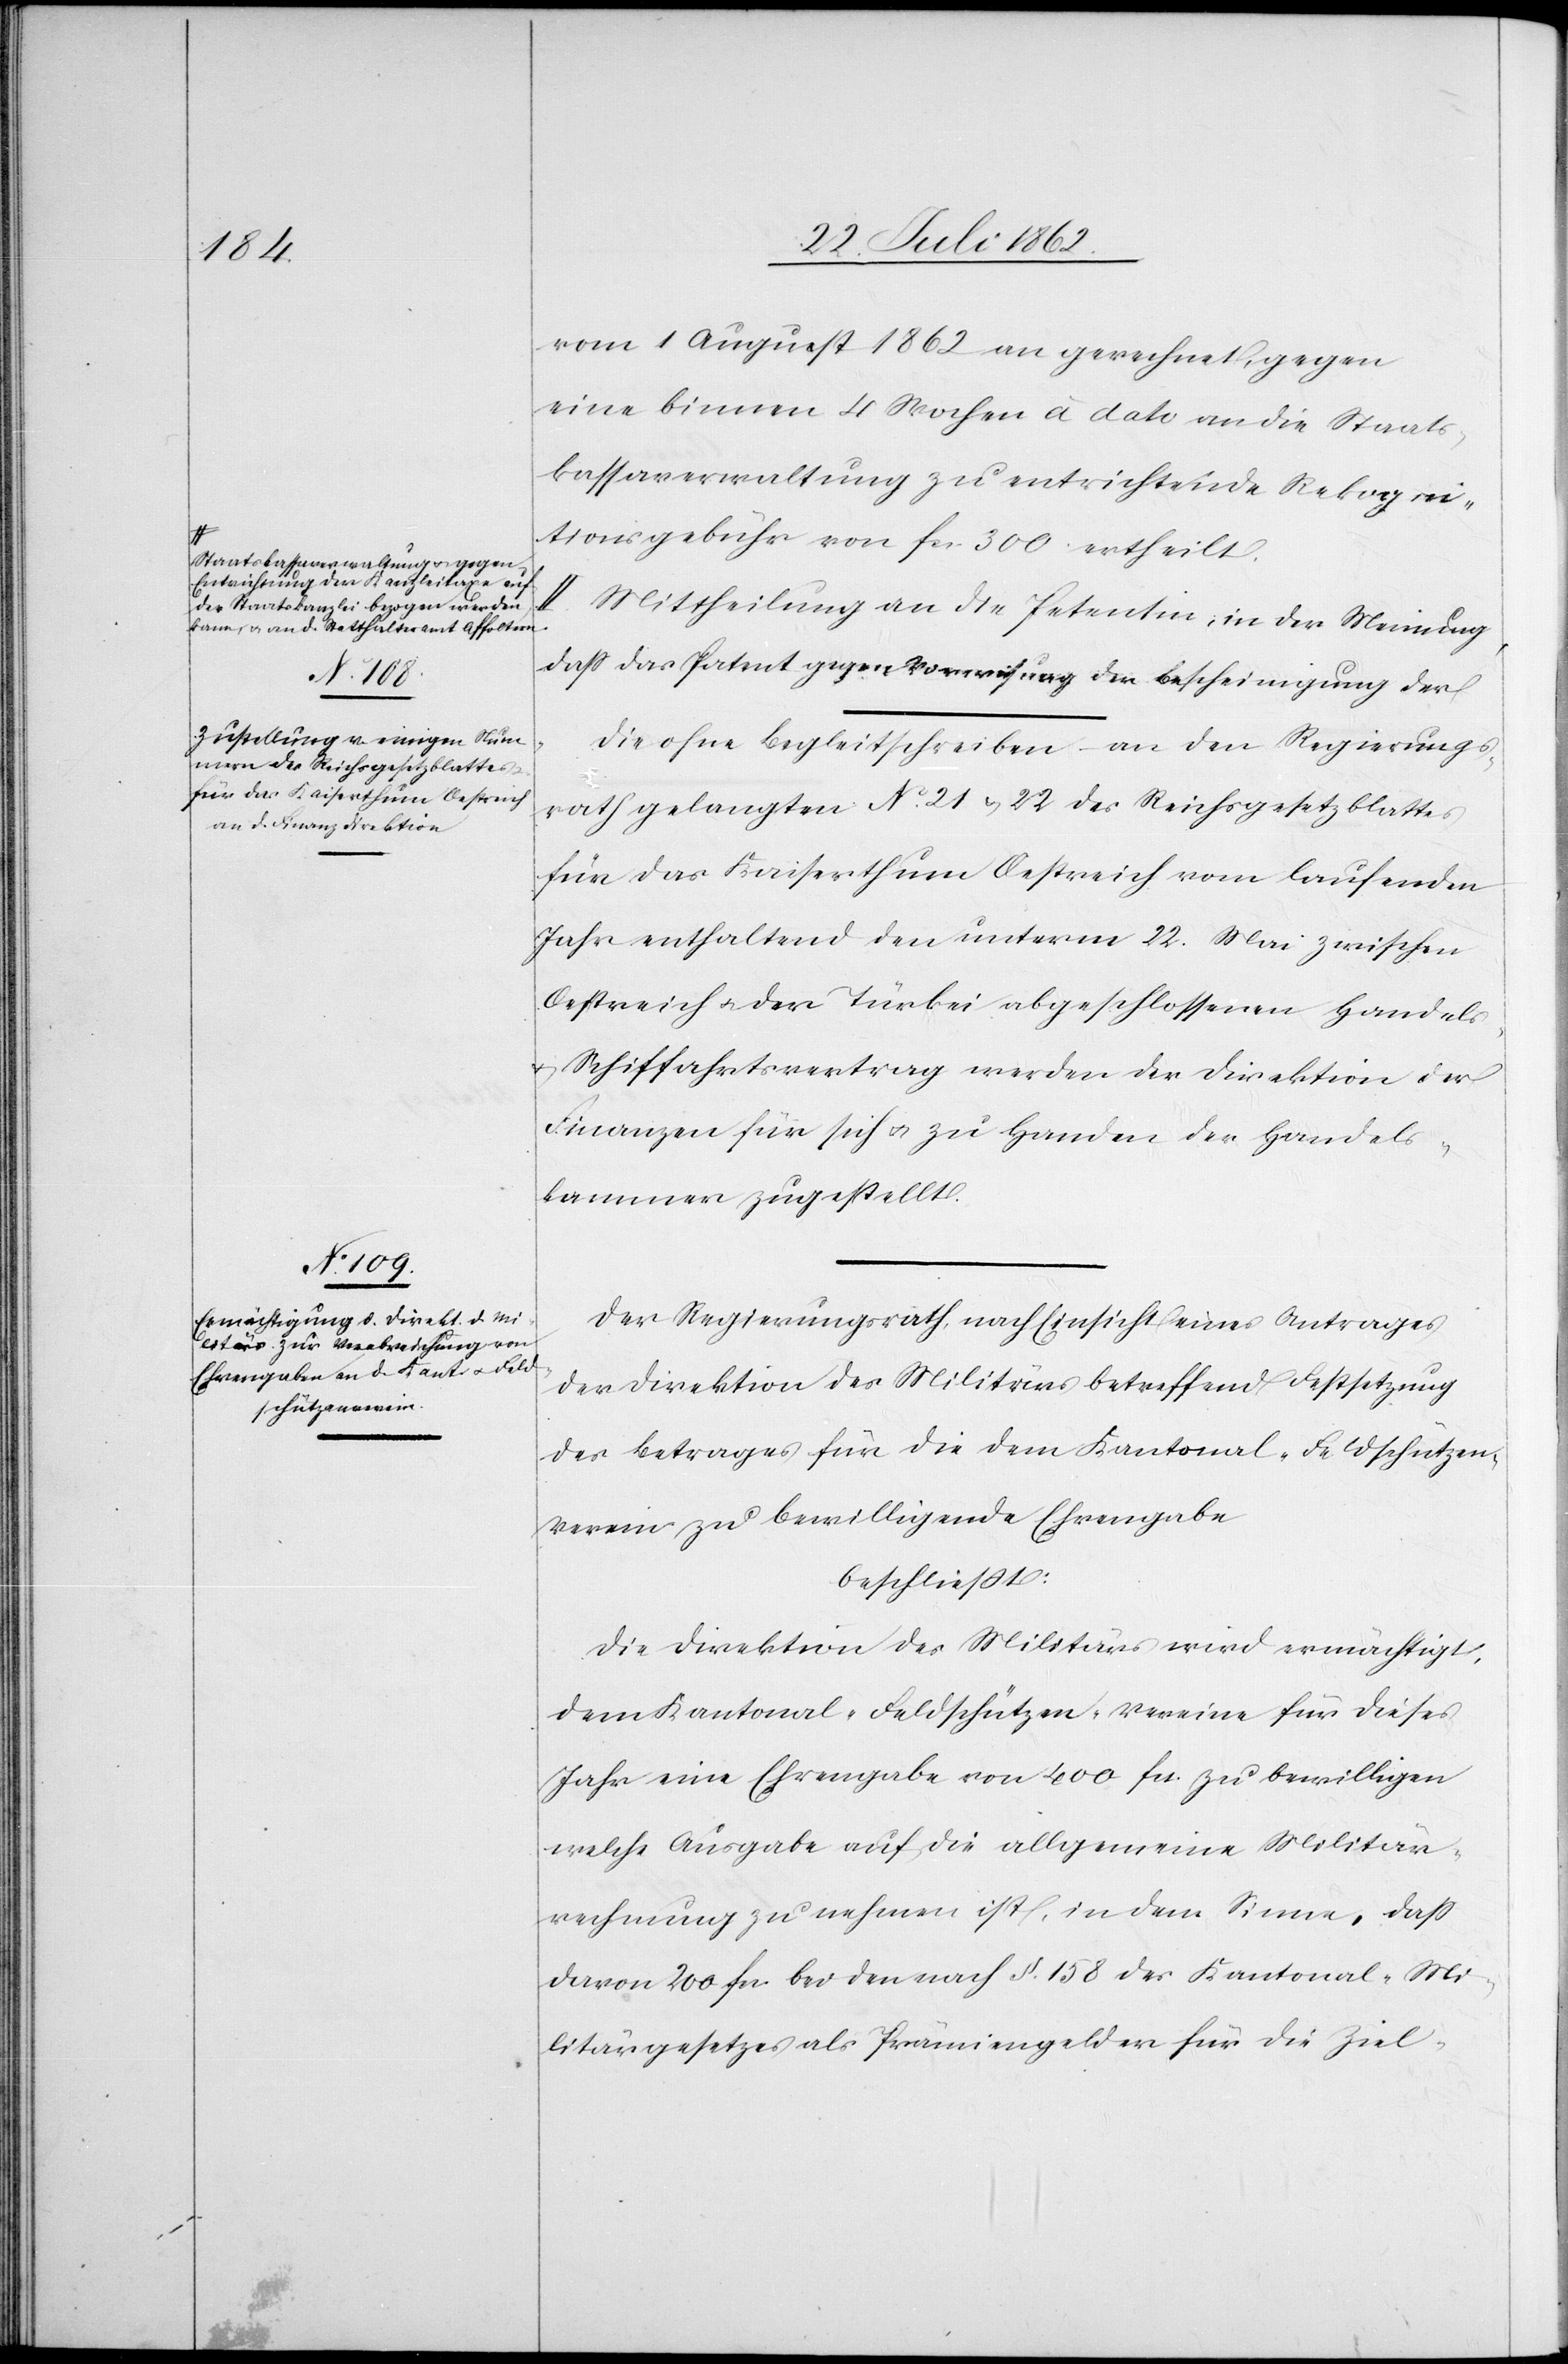
a-Staatskassaverwaltung u. gegen
Entrichtung der Kanzleitaxe auf
die Staatskanzlei bezogen werden
kann u. an d. Statthalteramt Affoltern.-a

vom 1. August 1862 an gerechnet, gegen
eine binnen 4 Wochen à dato an die Staats¬
kassaverwaltung zu entrichtende Rekogni¬
tionsgebühr von fcs. 300 ertheilt.
II. Mittheilung an die Petentin, in der Meinung,
daß das Patent gegen Vorweisung der Bescheinigung der
Die ohne Begleitschreiben an den Regierungs¬
rath gelangten No 21 u. 22 des Reichsgesetzblattes
für das Kaiserthum Oestreich vom laufenden
Jahr enthaltend den unterm 22. Mai zwischen
Oestreich u. der Türkei abgeschlossenen Handels-
u. Schiffahrtsvertrag werden der Direktion der
Finanzen für sich u. zu Handen der Handels¬
kammer zugestellt.
Der Regierungsrath, nach Einsicht eines Antrages
der Direktion des Militärs betreffend Festsetzung
des Betrages für die dem Kantonal-Feldschützen¬
verein zu bewilligende Ehrengabe
beschließt:
Die Direktion des Militärs wird ermächtigt,
dem Kantonal-Feldschützen-Vereine für dieses
Jahr eine Ehrengabe von 400 fcs. zu bewilligen
welche Ausgabe auf die allgemeine Militär¬
rechnung zu nehmen ist, in dem Sinne, daß
davon 200 fcs. bei den nach § 158 des Kantonal-Mi¬
litärgesetzes als Prämiengelder für die Ziel-